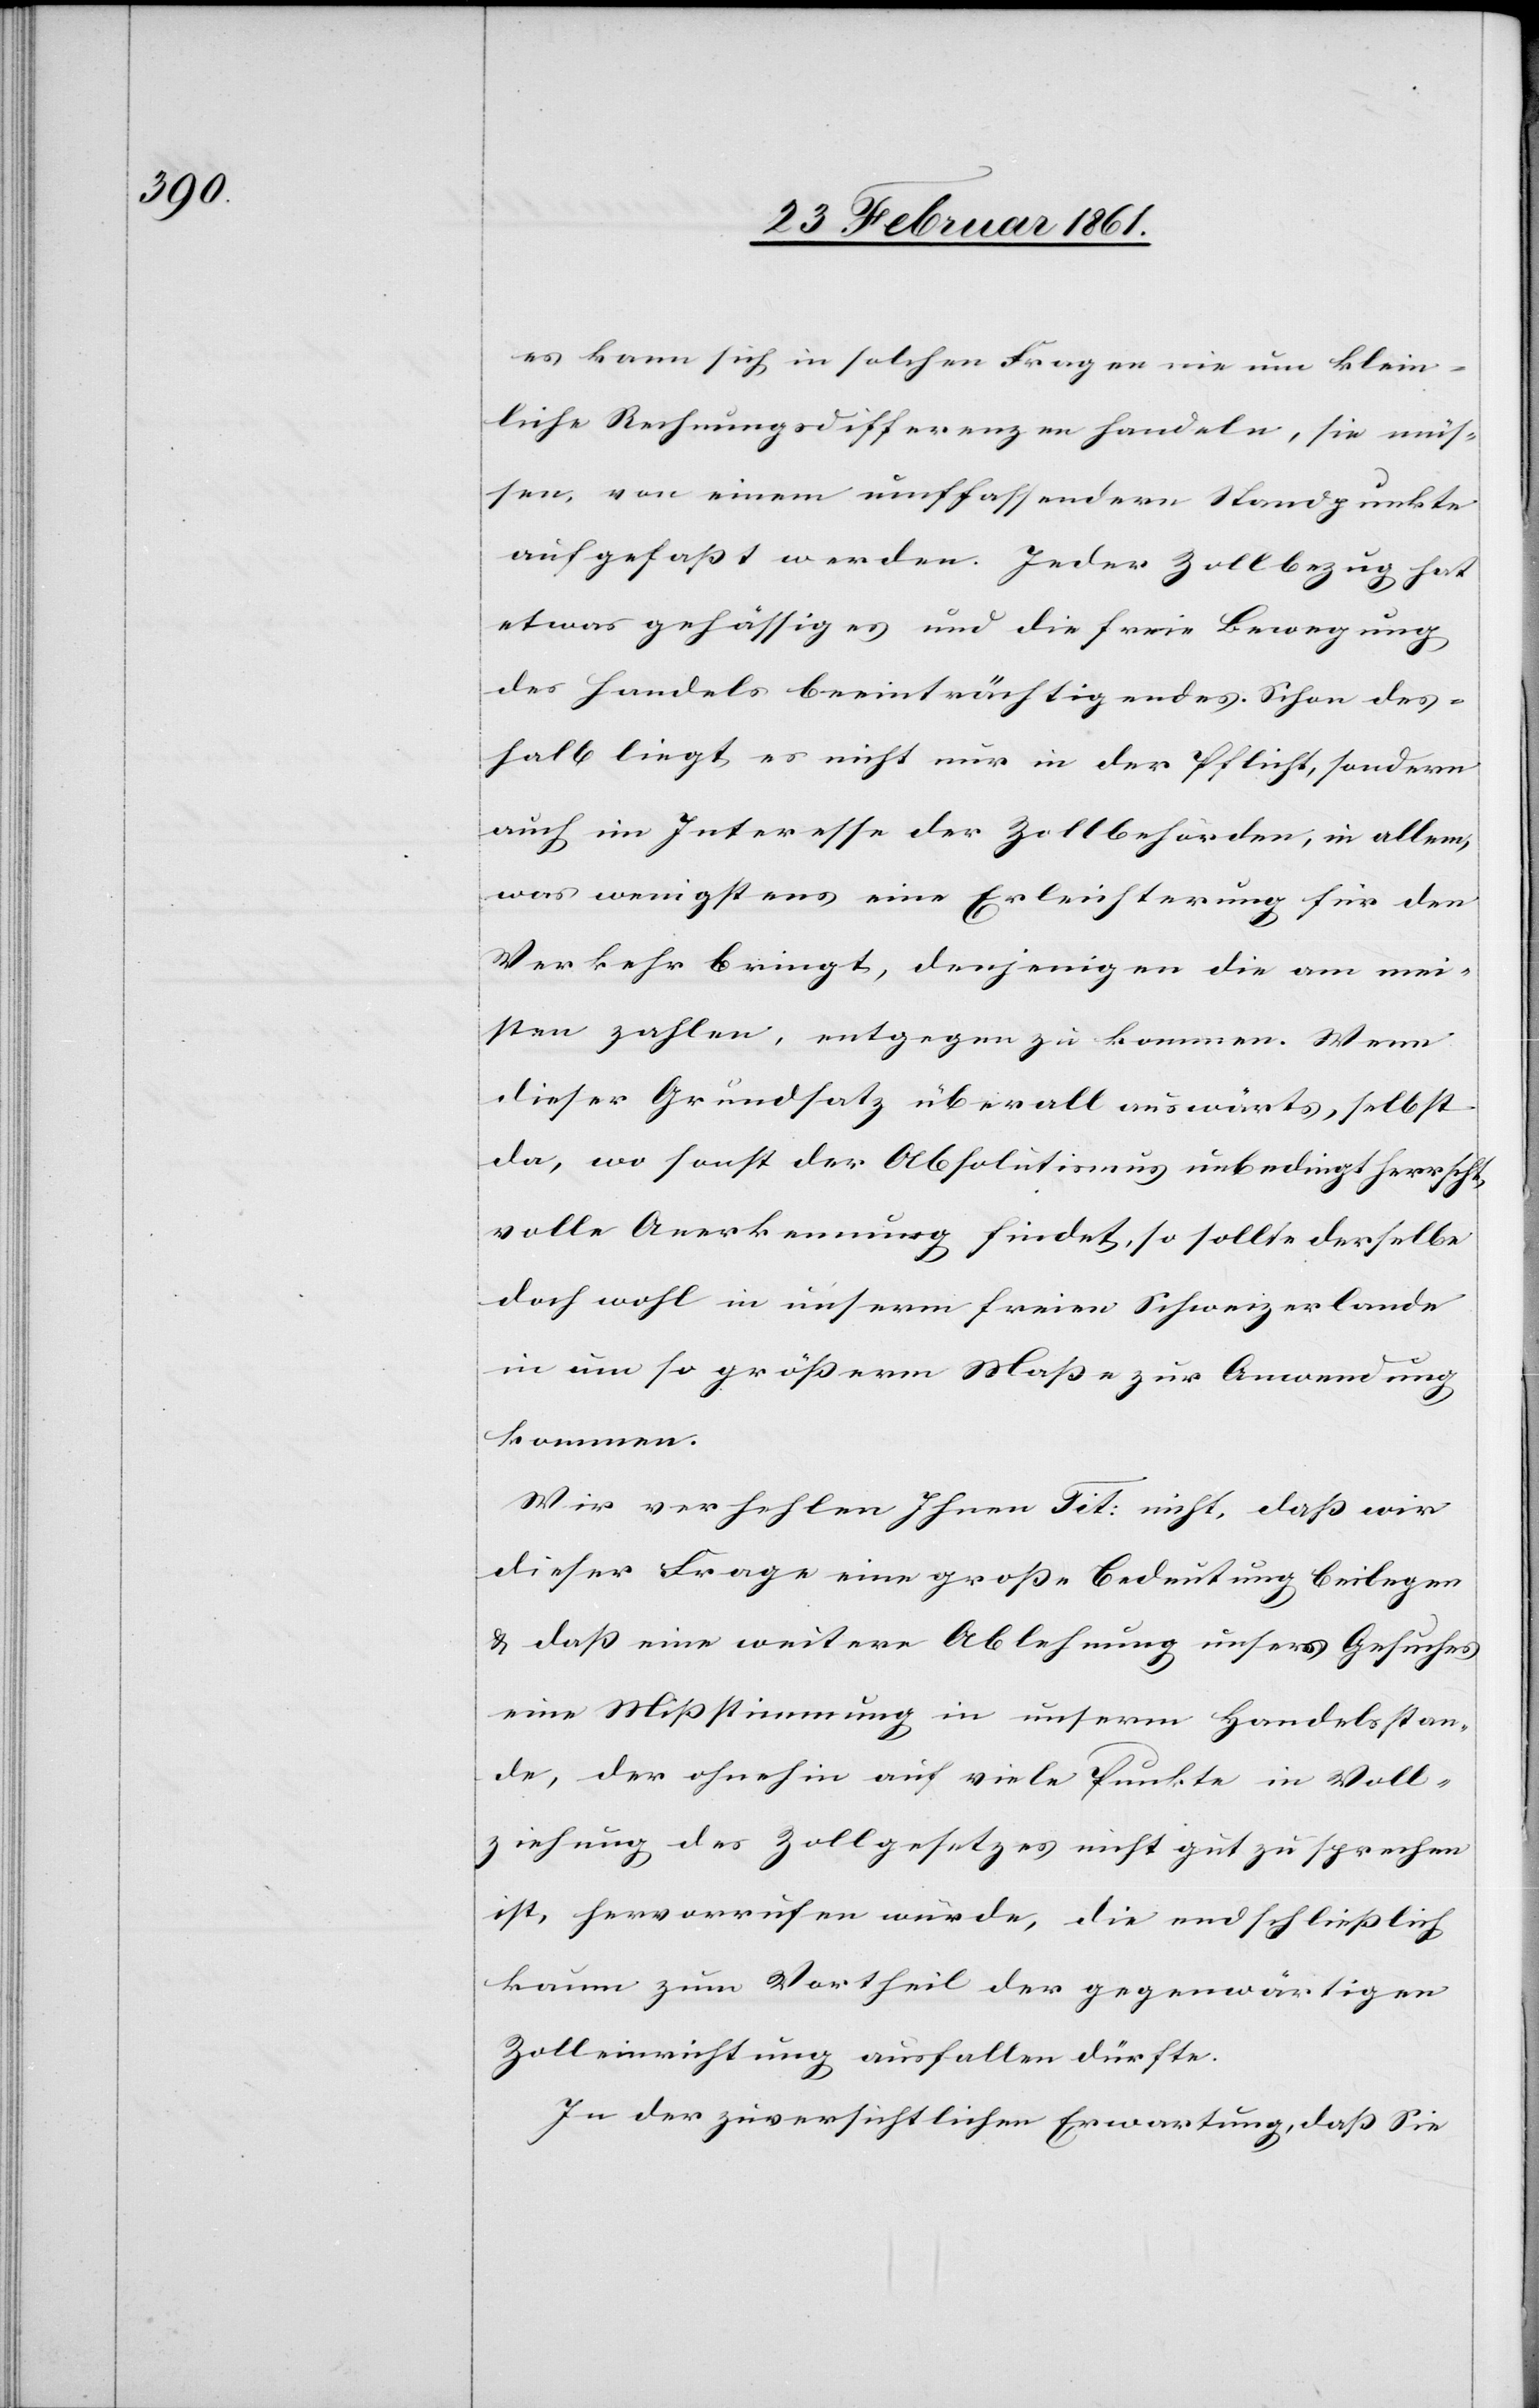
es kann sich in solchen Fragen nie um klein¬
liche Rechnungsdifferenzen handeln, sie müs¬
sen, von einem umffassendern [sic!] Standpunkte
aufgefasst werden. Jeder Zollbezug hat
etwas gehässiges und die freie Bewegung
des Handels beeinträchtigendes. Schon des¬
halb liegt es nicht nur in der Pflicht, sondern
auch im Interesse der Zollbehörden, in allem,
was wenigstens eine Erleichterung für den
Verkehr bringt, denjenigen die am mei¬
sten zahlen, entgegen zu kommen. Wenn
dieser Grundsatz überall auswärts, selbst
da, wo sonst der Absolutirung unbedingt herrscht,
volle Anerkennung findet, so sollte derselbe
doch wohl in unserm freien Schweizerlande
in um so grösserm Masse zur Anwendung
kommen.
Wir verhehlen Ihnen Tit: nicht, dass wir
dieser Frage eine grosse Bedeutung beilegen
u. dass eine weitere Ablehnung unsers Gesuches
eine Missstimmung in unserm Handelsstan¬
de, der ohnehin auf viele Punkte in Voll¬
ziehung des Zollgesetzes nicht gut zu sprechen
ist, hervorrufen würde, die endschliesslich
kaum zum Vortheil der gegenwärtigen
Zolleinrichtung ausfallen dürfte.
In der zuversichtlichen Erwartung, dass Sie